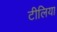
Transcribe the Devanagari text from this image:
टीलिया